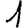
Digit: 1